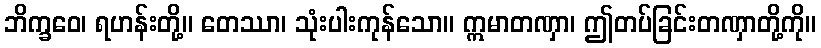
ဘိက္ခဝေ၊ ရဟန်းတို့။ တေဿာ၊ သုံးပါးကုန်သော။ ဣမာတဏှာ၊ ဤတပ်ခြင်းတဏှာတို့ကို။